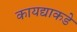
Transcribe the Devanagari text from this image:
कायद्याकडे